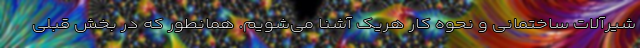
شیرآلات ساختمانی و نحوه کار هریک آشنا می‌شویم. همانطور که در بخش قبلی